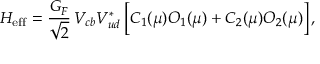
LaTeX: { \cal H } _ { \mathrm { e f f } } = \frac { G _ { F } } { \sqrt 2 } \, V _ { c b } V _ { u d } ^ { * } \, \Big [ C _ { 1 } ( \mu ) O _ { 1 } ( \mu ) + C _ { 2 } ( \mu ) O _ { 2 } ( \mu ) \Big ] \, ,